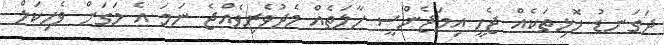
ދަގަނޑު ހޮޅިތަކެއް ޖެހީ އިމަޖެންސީ ހާލަތެއް މެދުވެރިވެއްޖެ ނަމަ އެ މަގަށް ވެހިކަލް